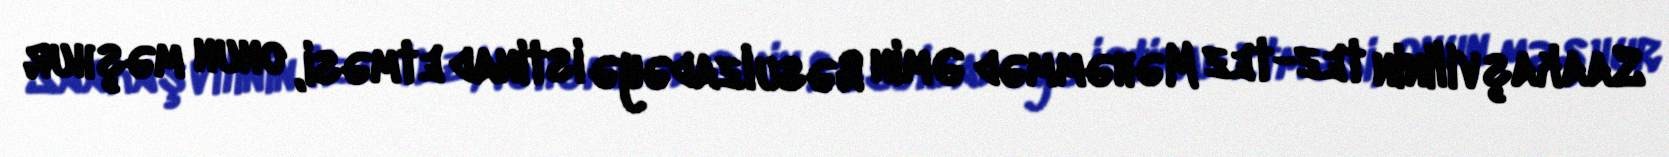
Saakaşvilinin tez-tez Məhəmməd Əmin Rəsulzadəyə istinad etməsi, onun məşhur